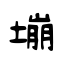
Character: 塴